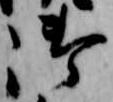
御